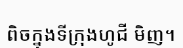
ពិចក្នុងទីក្រុងហូជី មិញ។